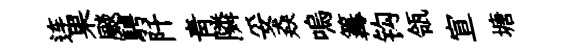
连果颷騁阡青隣妥猋嗚篝钩瓴宣塘